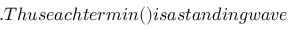
. T h u s e a c h t e r m i n ( ) i s a s t a n d i n g w a v e